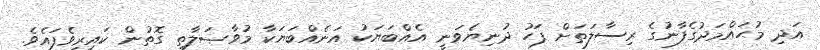
އަދި މުޙައްމަދުގެފާނުގެ ރިސާލަތަށް ފަހު ދުނިޔެވަނީ އެއްބަޔަކު އަނެއްބަޔަކާ މުވާޞަލާތީ ގޮތުން ކައިރިވެފައެވެ.